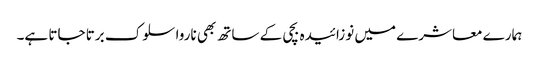
ہمارے معاشرے میں نوزائیدہ بچی کے ساتھ بھی ناروا سلوک برتا جاتا ہے۔